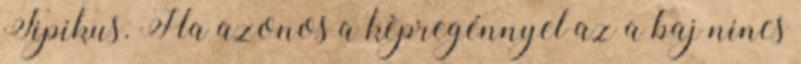
Tipikus. Ha azonos a kèpregénnyel az a baj nincs